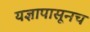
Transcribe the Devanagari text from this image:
यज्ञापासूनच